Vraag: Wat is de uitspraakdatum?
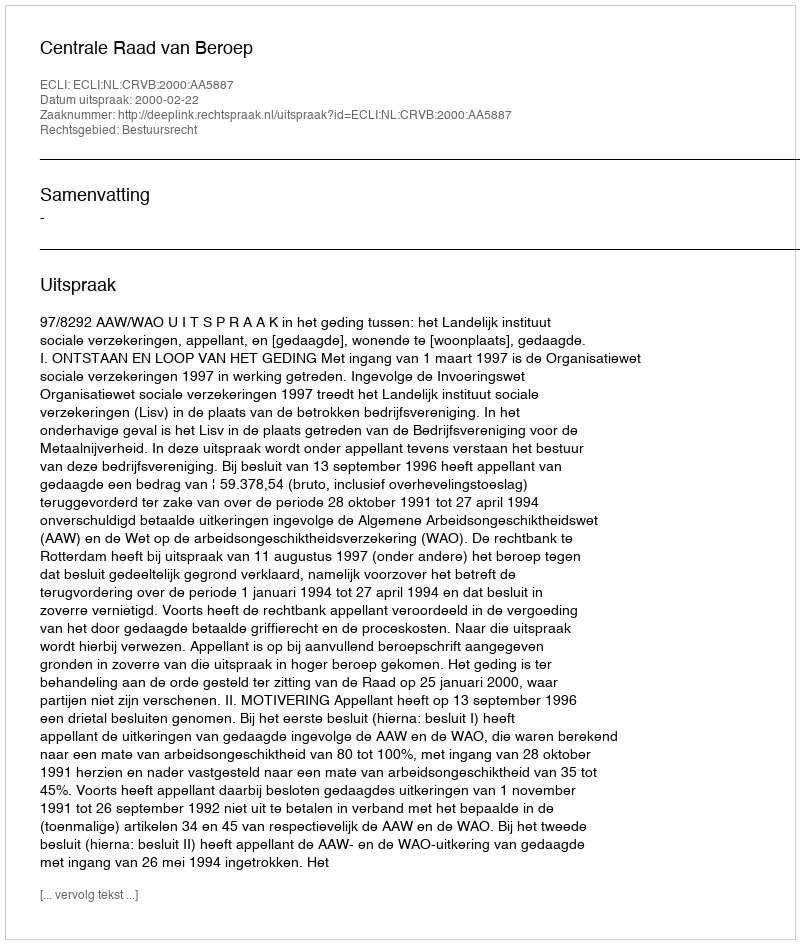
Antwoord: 2000-02-22